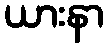
ယားနာ